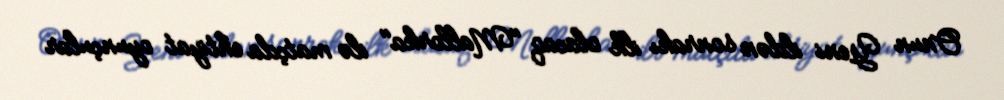
Onun Yeni ildən sonrakı ilk olacaq "Mallorka" ilə matçda ehtiyat oyunçular